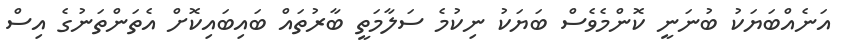
އަނެއްބަޔަކު ބުނަނީ ކޮންމެވެސް ބަޔަކު ނިކުމެ ސަލާމަތީ ބާރުތައް ބައިބައިކޮށް އެތަންތަނުގެ އިސް